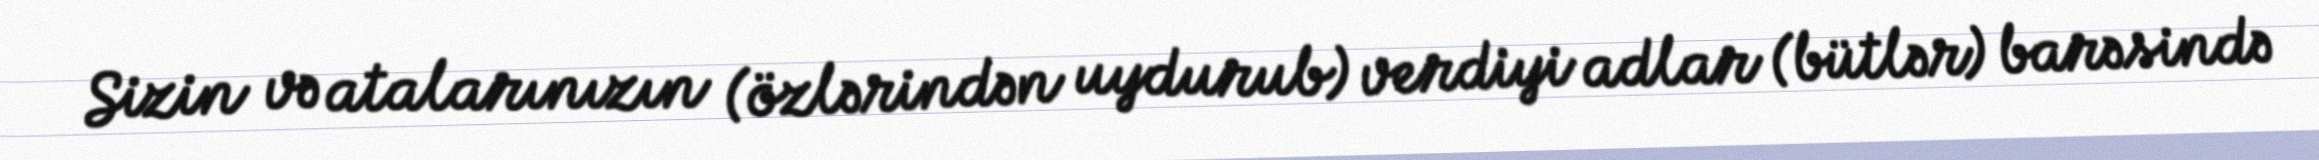
Sizin və atalarınızın (özlərindən uydurub) verdiyi adlar (bütlər) barəsində